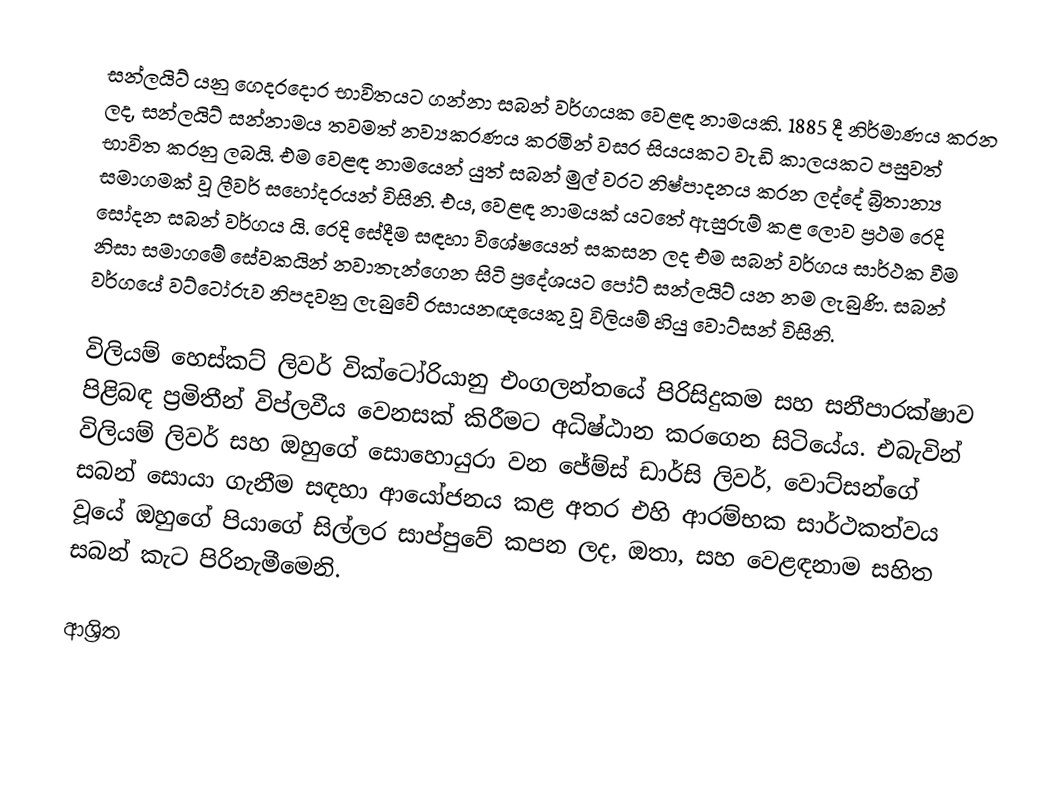
සන්ලයිට් යනු ගෙදරදොර භාවිතයට ගන්නා සබන් වර්ගයක වෙළඳ නාමයකි. 1885 දී නිර්මාණය කරන ලද, සන්ලයිට් සන්නාමය තවමත් නව්‍යකරණය කරමින් වසර සියයකට වැඩි කාලයකට පසුවත් භාවිත කරනු ලබයි. එම වෙළඳ නාමයෙන් යුත් සබන් මුල් වරට නිෂ්පාදනය කරන ලද්දේ බ්‍රිතාන්‍ය සමාගමක් වූ ලීවර් සහෝදරයන් විසිනි. එය, වෙළඳ නාමයක් යටතේ ඇසුරුම් කළ ලොව ප්‍රථම රෙදි සෝදන සබන් වර්ගය යි. රෙදි සේදීම සඳහා විශේෂයෙන් සකසන ලද එම සබන් වර්ගය සාර්ථක වීම නිසා සමාගමේ සේවකයින් නවාතැන්ගෙන සිටි ප්‍රදේශයට පෝට් සන්ලයිට් යන නම ලැබුණි. සබන් වර්ගයේ වට්ටෝරුව නිපදවනු ලැබුවේ රසායනඥයෙකු වූ විලියම් හියු වොට්සන් විසිනි.

විලියම් හෙස්කට් ලිවර් වික්ටෝරියානු එංගලන්තයේ පිරිසිදුකම සහ සනීපාරක්ෂාව පිළිබඳ ප්‍රමිතීන් විප්ලවීය වෙනසක් කිරීමට අධිෂ්ඨාන කරගෙන සිටියේය. එබැවින් විලියම් ලිවර් සහ ඔහුගේ සොහොයුරා වන ජේම්ස් ඩාර්සි ලිවර්, වොට්සන්ගේ සබන් සොයා ගැනීම සඳහා ආයෝජනය කළ අතර එහි ආරම්භක සාර්ථකත්වය වූයේ ඔහුගේ පියාගේ සිල්ලර සාප්පුවේ කපන ලද, ඔතා, සහ වෙළඳනාම සහිත සබන් කැට පිරිනැමීමෙනි.

ආශ්‍රිත